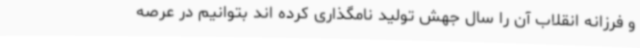
و فرزانه انقلاب آن را سال جهش تولید نامگذاری کرده اند بتوانیم در عرصه